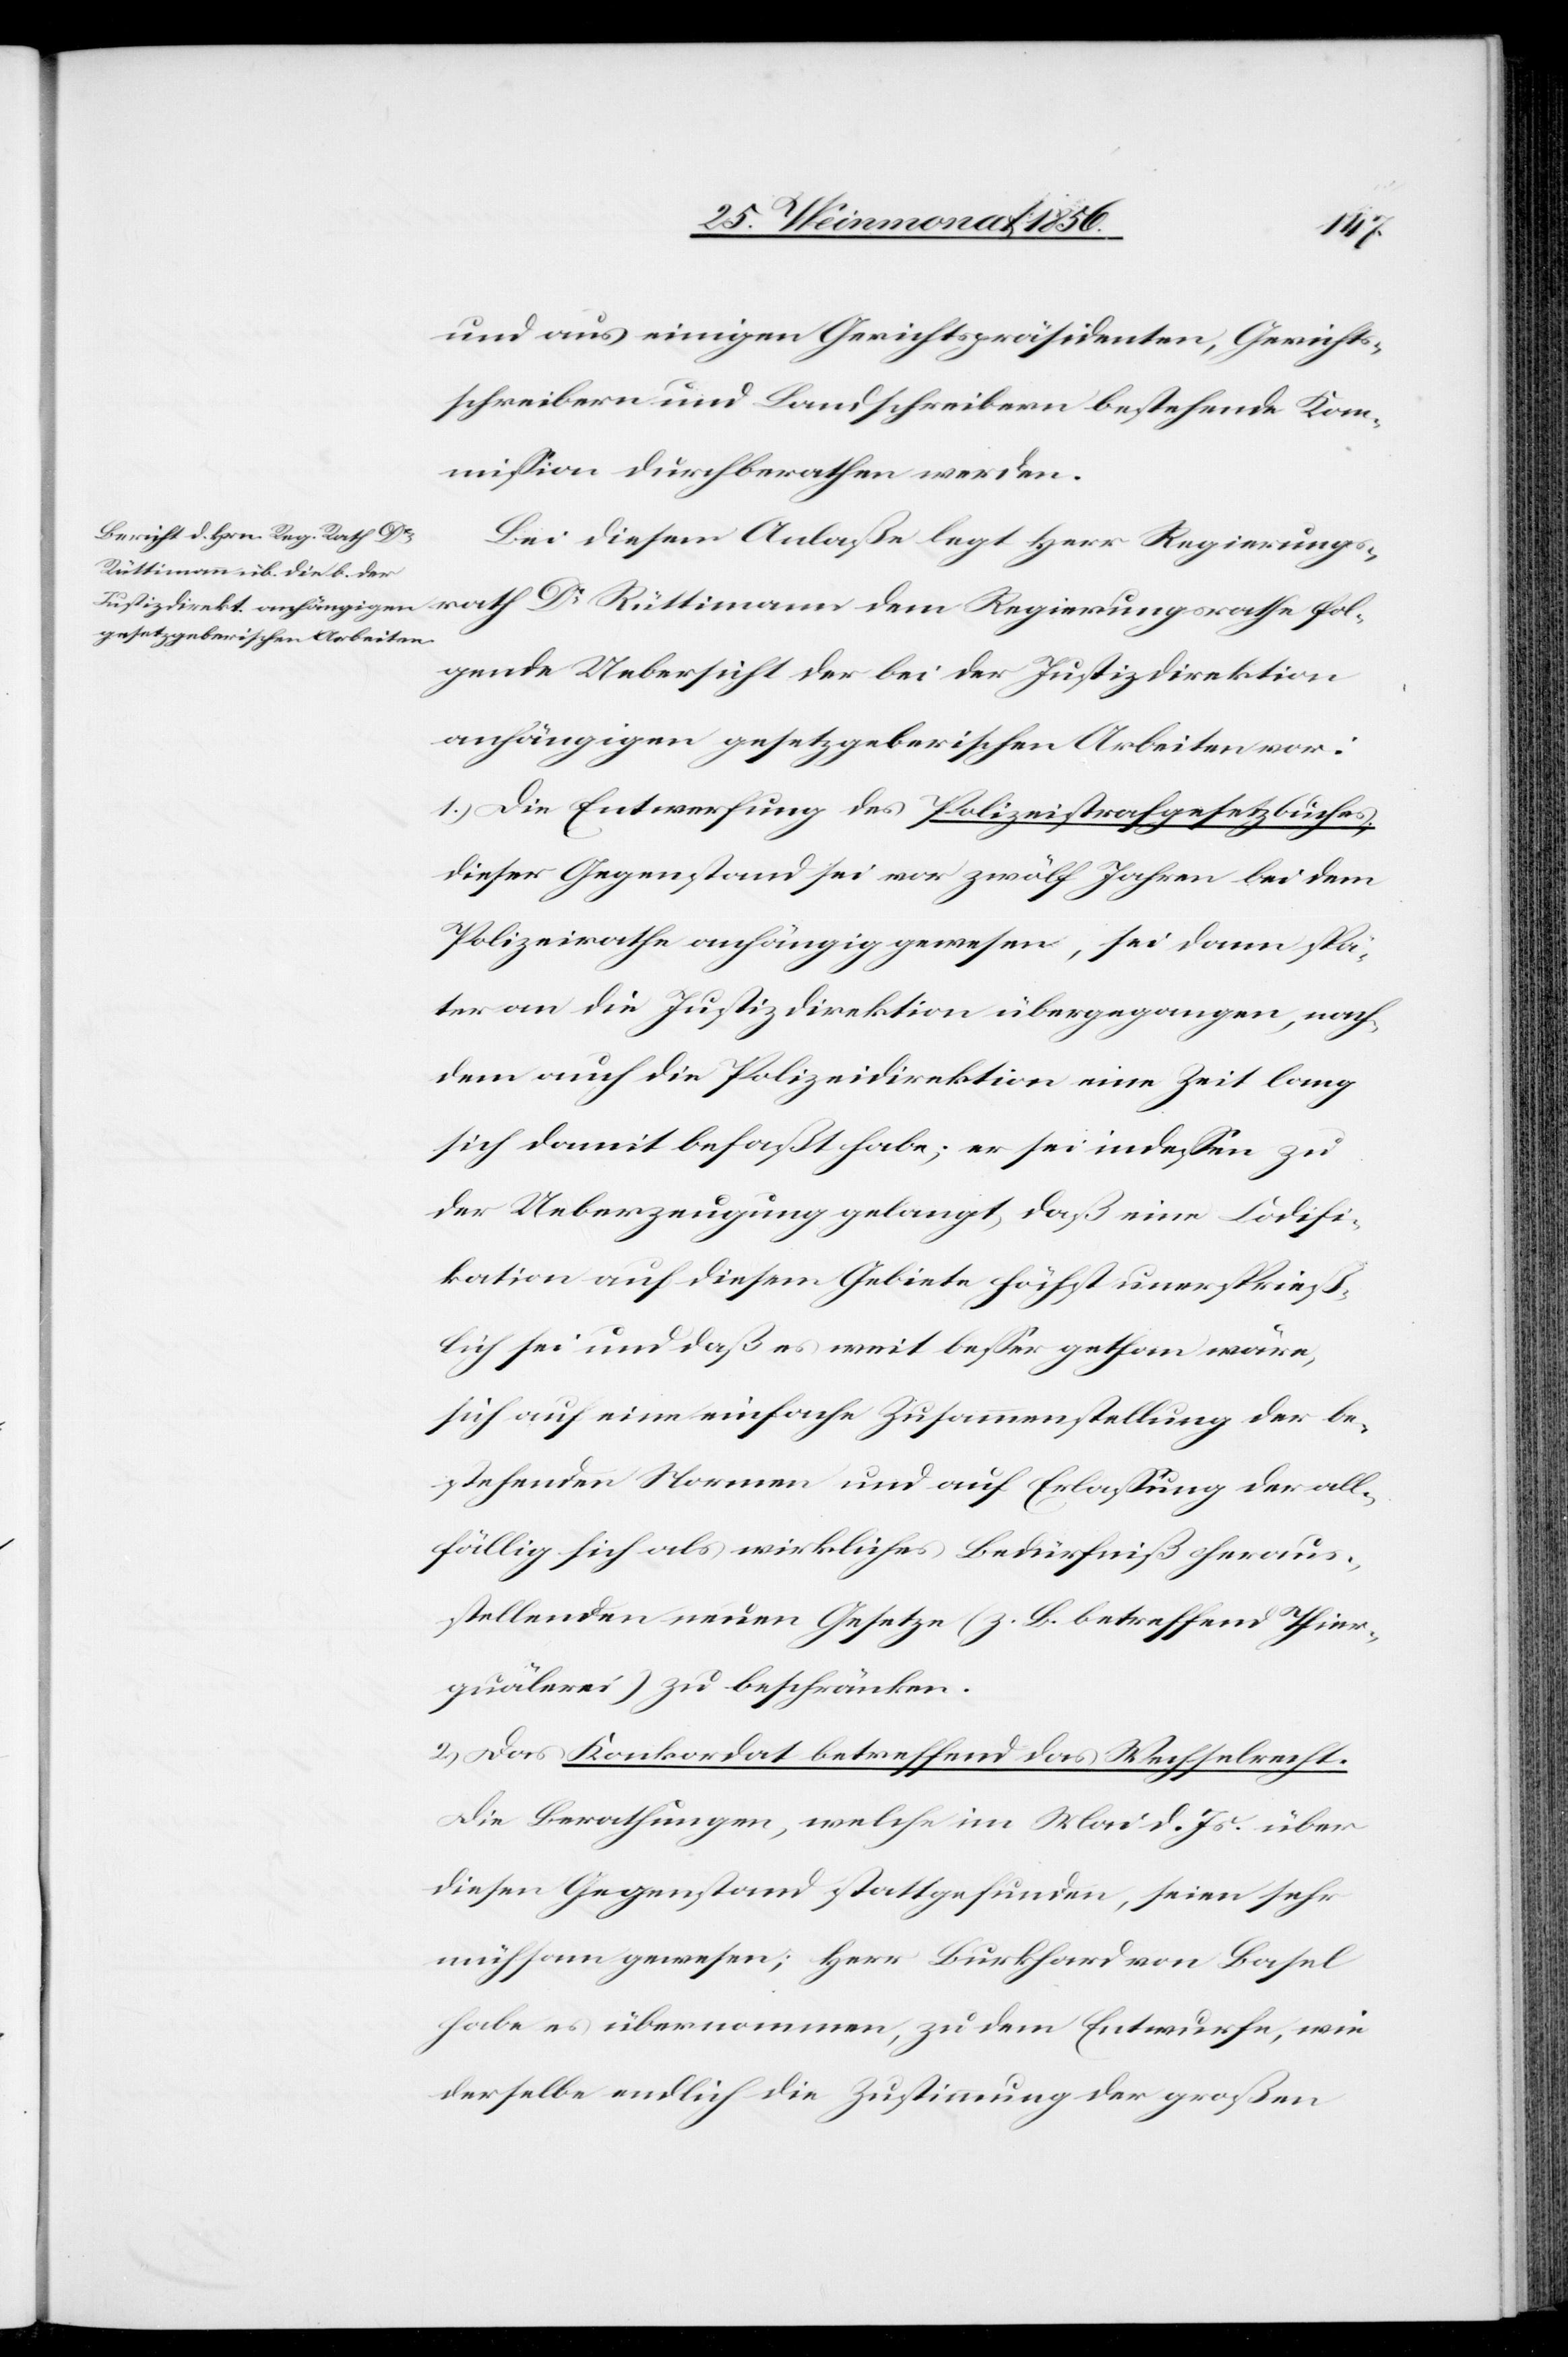
und aus einigen Gerichtspräsidenten, Gerichts¬
schreibern und Landschreibern bestehende Kom¬
mission durchberathen werden.
Bei diesem Anlaße legt Herr Regierungsrath
folgende Uebersicht der bei der Justizdirektion
anhängigen gesetzgeberischen Arbeiten vor:
1.) Die Entwerfung des Polizeistrafgesetzbuches.
Dieser Gegenstand sei vor zwölf Jahren bei dem
Polizeirathe anhängig gewesen, sei dann spä¬
ter an die Justizdirektion übergegangen, nach
dem auch die Polizeidirektion eine Zeit lang
sich damit befaßt habe; er sei indessen zu
der Ueberzeugung gelangt, daß eine Codifi¬
kation auf diesem Gebiete höchst unersprieß¬
lich sei und daß es weit besser gethan wäre,
sich auf eine einfache Zusammenstellung der be¬
stehenden Normen und auf Erlassung der all¬
fällig sich als wirkliches Bedürfniß heraus¬
stellenden neuen Gesetze (z. B. betreffend Thier¬
quälerei) zu beschränken.
2.) Das Konkordat betreffend das Wechselrecht.
Die Berathungen, welche im Mai d. Js. über
diesen Gegenstand stattgefunden, seien sehr
mühsam gewesen; Herr Burkhard von Basel
habe es übernommen, zu dem Entwurfe, wie
derselbe endlich die Zustimmung der großen